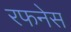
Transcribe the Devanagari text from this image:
रफनेस